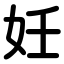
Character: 妊